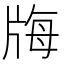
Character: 𤗆